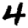
Digit: 4